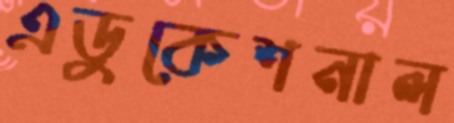
এডুকেশনাল